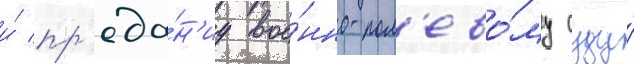
и́ пр'еда́н'иу вое́нно-пол'ево́му суду́